Civil Veterinary Department. United Provinces 1932-42 - 1932-1942
Year: 1932
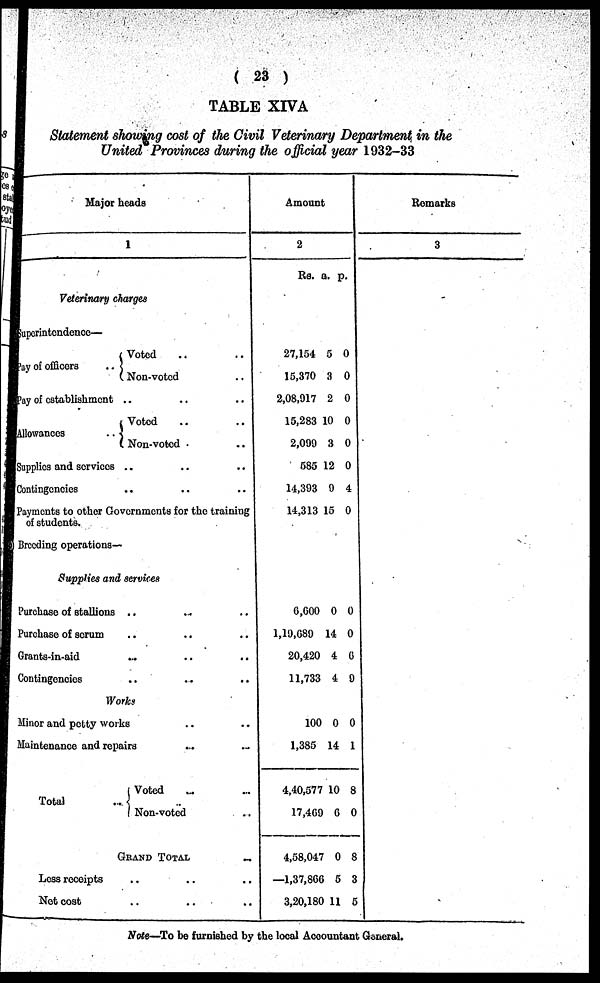
( 23 )
TABLE XIVA
Statement showing cost of the Civil Veterinary Department in the
United Provinces during the official year 1932-33
Major heads
1
Veterinary charges
uperintendence—
ay of officers
.. ..
Voted ..
Non-voted
ay of establishment .. .. ..
Allowances
.. ..
Voted ..
Non-voted ..
Supplies and services .. ...
Contingencies .. ...
Payments to other Governments for the training
of students.
Breeding operations—
Supplies and services
Purchase of stallions . .. .. ..
Purchase of scrum
..
....
Grants-in-aid
..
....
Contingencies
..
....
Works
Minor and petty works
...
Maintenance and repairs
....
Total
..
Voted ..
Non-voted
..
GRAND
TOTAL..
Los
receipts..
Not
cost..
Amount
2
Rs.
27,154
15,370
2,08,917
15,283
2,099
585
14,393
14,313
6,600
1,19,089
20,420
11,733
100
1,385
4,40,577
17,469
4,58,047
—1,37,866
3,20,180
a.
5
3
2
10
3
12
9
15
0
14
4
4
0
14
10
6
0
5
11
p.
0
0
0
0
0
0
4
0
0
0
6
9
0
1
8
0
8
3
5
Remarks
3
Note—To be furnished by the local Accountant General.